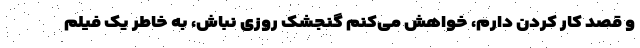
و قصد کار کردن دارم، خواهش می‌کنم گنجشک روزی نباش، به خاطر یک فیلم